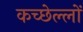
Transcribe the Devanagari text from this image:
कच्छेल्लों